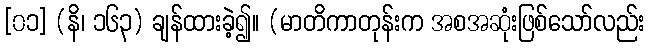
[၀၁] (နိ၊ ၁၆၃) ချန်ထားခဲ့၍။ (မာတိကာတုန်းက အစအဆုံးဖြစ်သော်လည်း